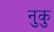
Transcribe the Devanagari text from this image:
नुकु